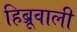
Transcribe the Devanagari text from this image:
हिब्रूवाली